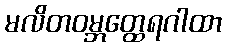
မလိတဝမ္ဘတ္ထေရဂါထာ